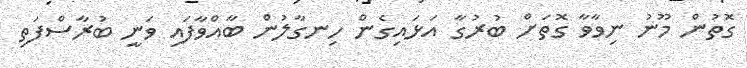
ގޮތުން މޫނު ނިވާވާ ގޮތަށް ބުރުގާ އަޅައިގެން ހިނގާލުން ބާއްވާފައި ވަނީ ބުރާސްފަތި